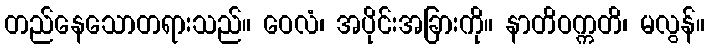
တည်နေသောတရားသည်။ ဝေလံ၊ အပိုင်းအခြားကို။ နာတိဝက္ကတိ၊ မလွန်။